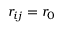
r _ { i j } = r _ { 0 }